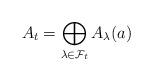
LaTeX: \begin{align*}A_t = \bigoplus_{\lambda \in \mathcal{F}_t } A_\lambda(a)\end{align*}